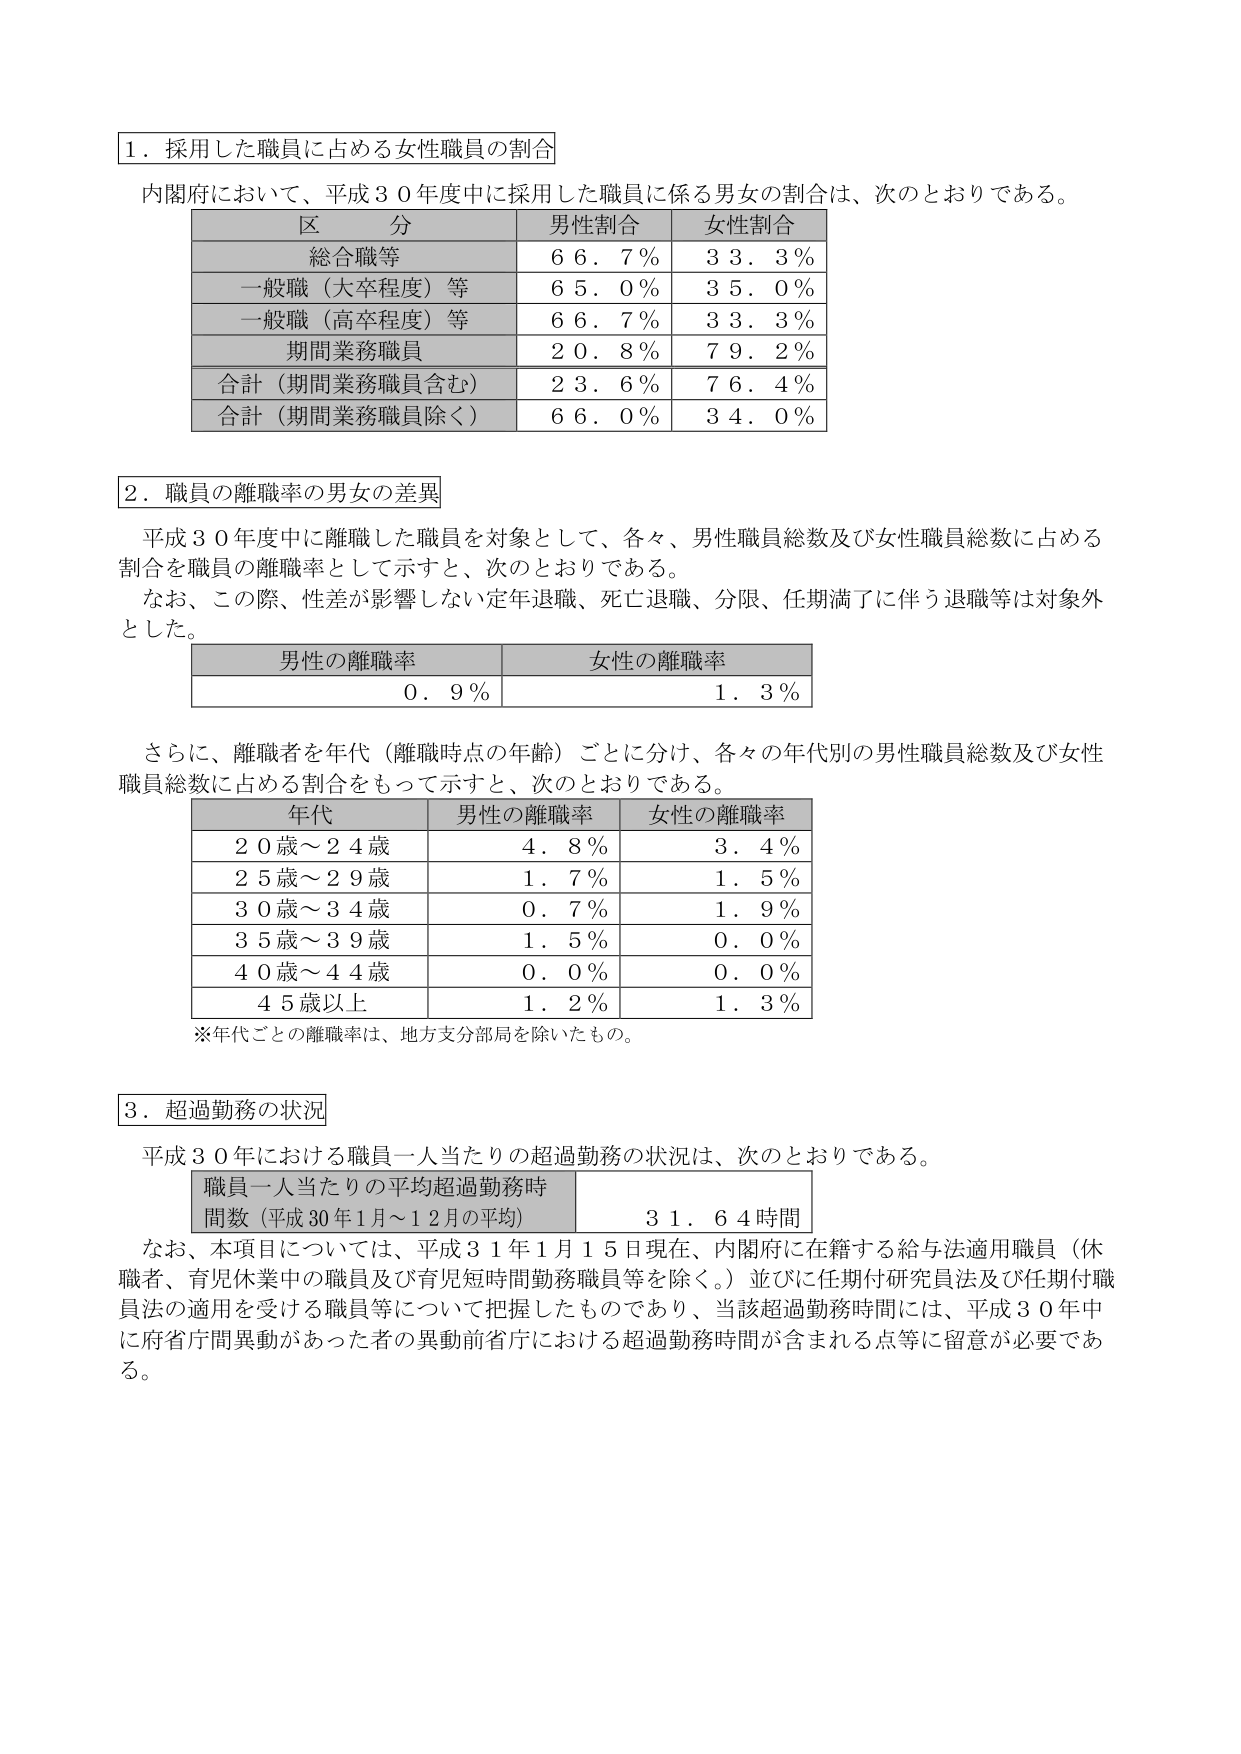
１．採用した職員に占める女性職員の割合

内閣府において、平成３０年度中に採用した職員に係る男女の割合は、次のとおりである。

区 分 男性割合 女性割合
総合職等 ６６．７％ ３３．３％
一般職（大卒程度）等 ６５．０％ ３５．０％
一般職（高卒程度）等 ６６．７％ ３３．３％
期間業務職員 ２０．８％ ７９．２％
合計（期間業務職員含む） ２３．６％ ７６．４％
合計（期間業務職員除く） ６６．０％ ３４．０％

２．職員の離職率の男女の差異

平成３０年度中に離職した職員を対象として、各々、男性職員総数及び女性職員総数に占める割合を職員の離職率として示すと、次のとおりである。
なお、この際、性差が影響しない定年退職、死亡退職、分限、任期満了に伴う退職等は対象外とした。

男性の離職率 女性の離職率
０．９％ １．３％

さらに、離職者を年代（離職時点の年齢）ごとに分け、各々の年代別の男性職員総数及び女性職員総数に占める割合をもって示すと、次のとおりである。

年代 男性の離職率 女性の離職率
２０歳～２４歳 ４．８％ ３．４％
２５歳～２９歳 １．７％ １．５％
３０歳～３４歳 ０．７％ １．９％
３５歳～３９歳 １．５％ ０．０％
４０歳～４４歳 ０．０％ ０．０％
４５歳以上 １．２％ １．３％

※年代ごとの離職率は、地方支分部局を除いたもの。

３．超過勤務の状況

平成３０年における職員一人当たりの超過勤務の状況は、次のとおりである。

職員一人当たりの平均超過勤務時間数（平成30年1月～12月の平均） ３１．６４時間

なお、本項目については、平成３１年１月１５日現在、内閣府に在籍する給与法適用職員（休職者、育児休業中の職員及び育児短時間勤務職員等を除く。）並びに任期付研究員法及び任期付職員法の適用を受ける職員等について把握したものであり、当該超過勤務時間には、平成３０年中に府省庁間異動があった者の異動前省庁における超過勤務時間が含まれる点等に留意が必要である。